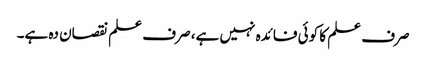
صرف علم کا کوئی فائدہ نہیں ہے، صرف علم نقصان دہ ہے۔